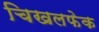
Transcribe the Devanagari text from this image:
चिखलफेक